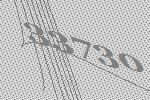
33730